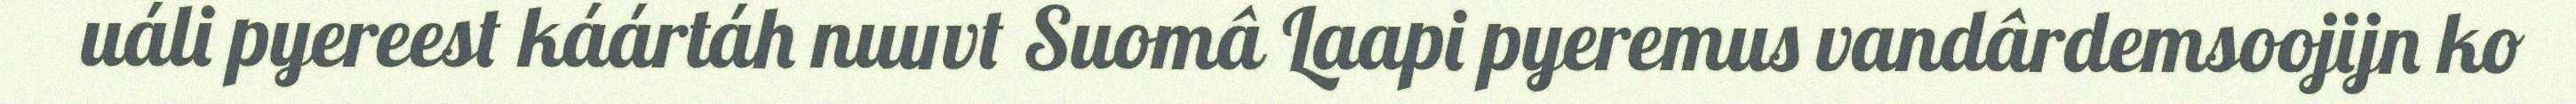
uáli pyereest káártáh nuuvt Suomâ Laapi pyeremus vandârdemsoojijn ko